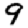
Digit: 9